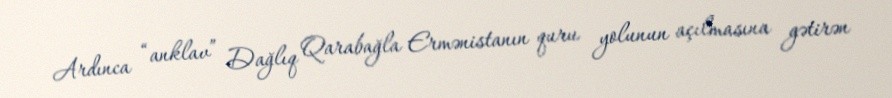
Ardınca “anklav” Dağlıq Qarabağla Ermənistanın quru yolunun açılmasına gətirən